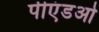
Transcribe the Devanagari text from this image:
पीएंडओ